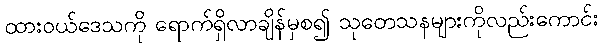
ထားဝယ်ဒေသကို ရောက်ရှိလာချိန်မှစ၍ သုတေသနများကိုလည်းကောင်း